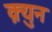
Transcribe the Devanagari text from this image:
क़्युन